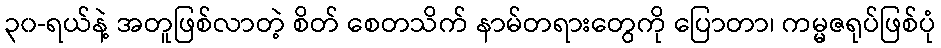
၃၀-ရယ်နဲ့ အတူဖြစ်လာတဲ့ စိတ် စေတသိက် နာမ်တရားတွေကို ပြောတာ၊ ကမ္မဇရုပ်ဖြစ်ပုံ